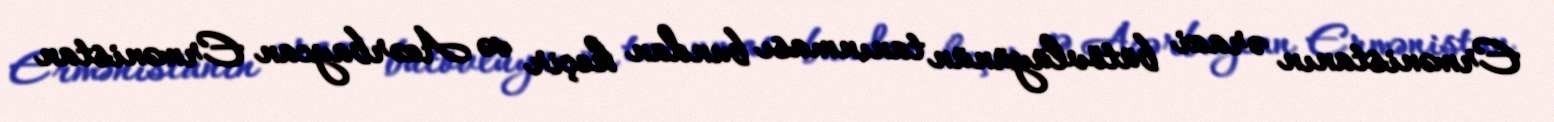
Ermənistanın ərazi bütövlüyünün tanınması bundan keçir və Azərbaycan Ermənistan